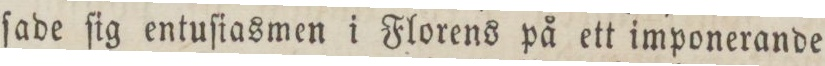
ſade ſig entuſiasmen i Florens på ett imponerande